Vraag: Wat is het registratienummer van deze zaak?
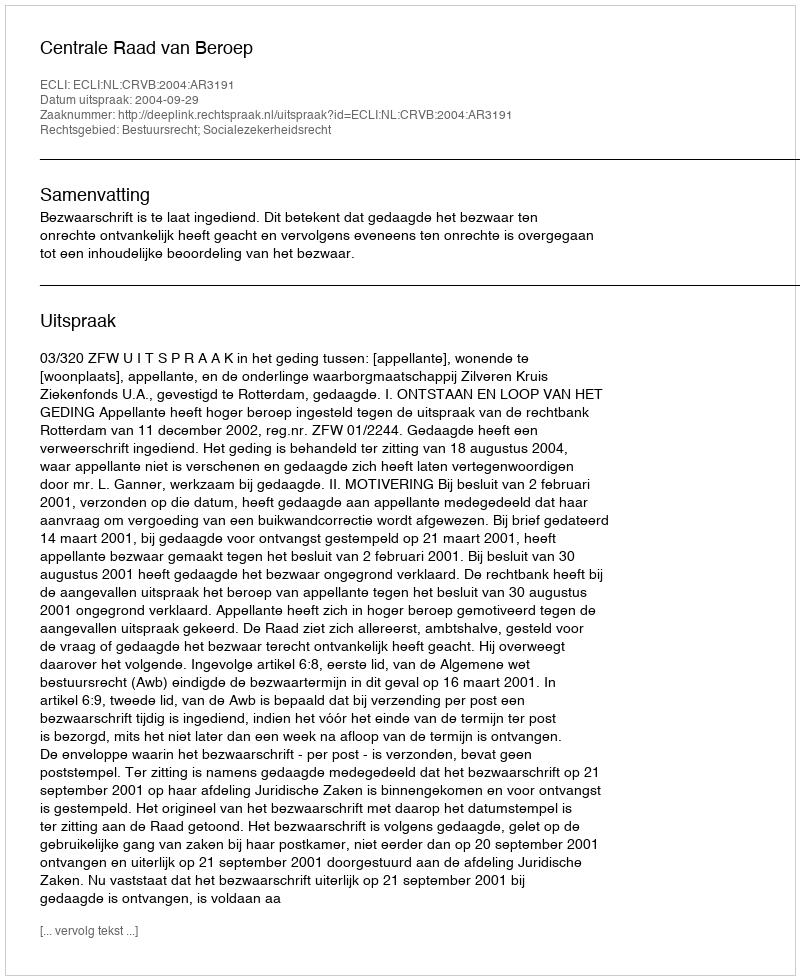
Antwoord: http://deeplink.rechtspraak.nl/uitspraak?id=ECLI:NL:CRVB:2004:AR3191